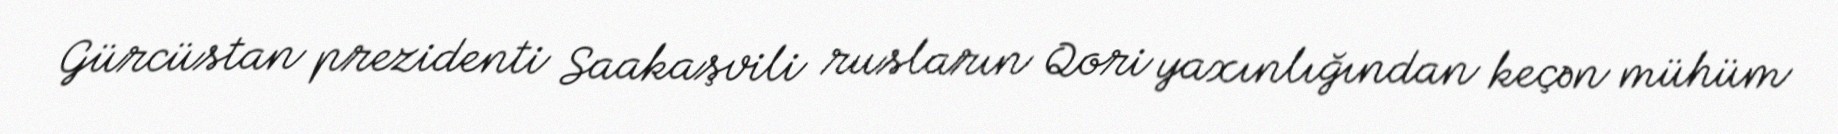
Gürcüstan prezidenti Saakaşvili rusların Qori yaxınlığından keçən mühüm